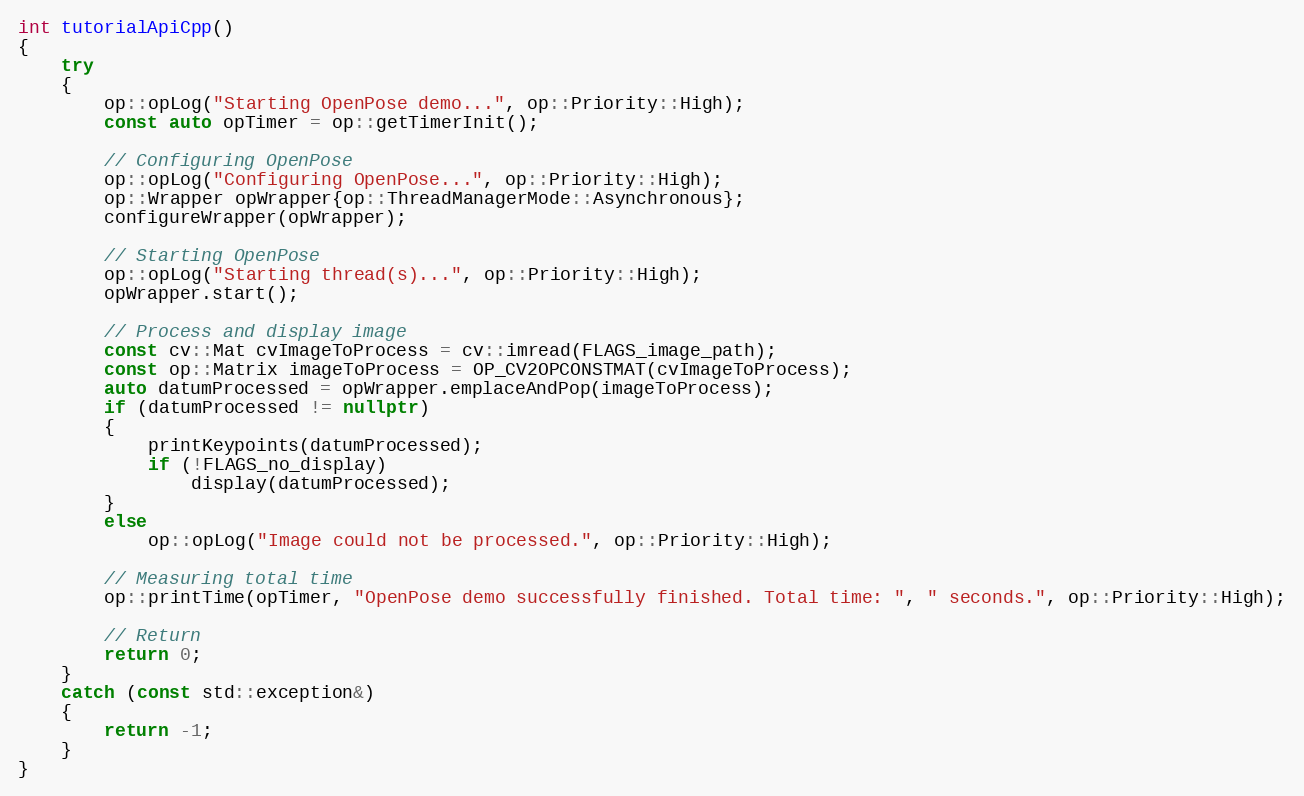
Language: C++
int tutorialApiCpp()
{
    try
    {
        op::opLog("Starting OpenPose demo...", op::Priority::High);
        const auto opTimer = op::getTimerInit();

        // Configuring OpenPose
        op::opLog("Configuring OpenPose...", op::Priority::High);
        op::Wrapper opWrapper{op::ThreadManagerMode::Asynchronous};
        configureWrapper(opWrapper);

        // Starting OpenPose
        op::opLog("Starting thread(s)...", op::Priority::High);
        opWrapper.start();

        // Process and display image
        const cv::Mat cvImageToProcess = cv::imread(FLAGS_image_path);
        const op::Matrix imageToProcess = OP_CV2OPCONSTMAT(cvImageToProcess);
        auto datumProcessed = opWrapper.emplaceAndPop(imageToProcess);
        if (datumProcessed != nullptr)
        {
            printKeypoints(datumProcessed);
            if (!FLAGS_no_display)
                display(datumProcessed);
        }
        else
            op::opLog("Image could not be processed.", op::Priority::High);

        // Measuring total time
        op::printTime(opTimer, "OpenPose demo successfully finished. Total time: ", " seconds.", op::Priority::High);

        // Return
        return 0;
    }
    catch (const std::exception&)
    {
        return -1;
    }
}